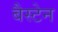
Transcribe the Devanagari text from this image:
बैस्टेन